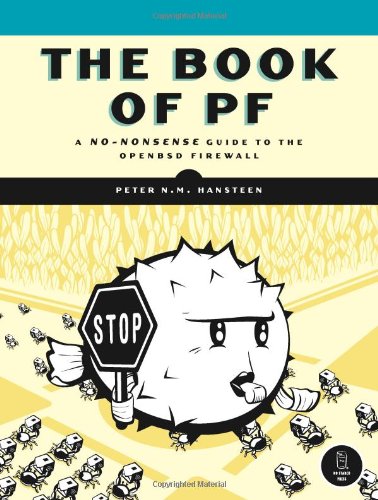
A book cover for The Book of PF: A No-Nonsense Guide to the OpenBSD Firewall; Peter N. M. Hansteen; Computers & Technology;